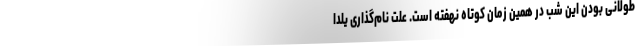
طولانی بودن این شب در همین زمان کوتاه نهفته است. علت نام‌گذاری یلدا